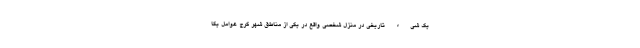
یک شیء تاریخی در منزل شخصی واقع در یکی از مناطق شهر کرج عوامل یگا